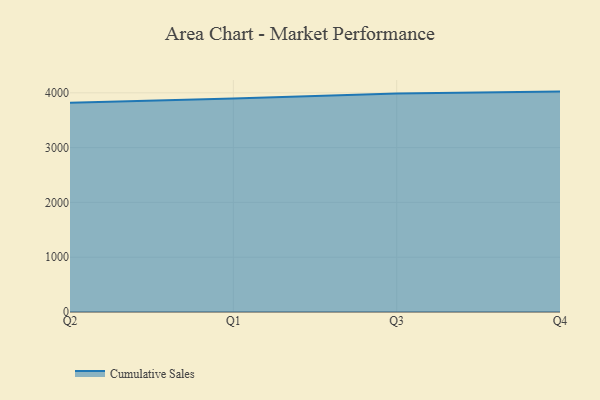
{"axis": {"x": "Quarter", "y": "Inventory Turnover"}, "legend": ["Cumulative Sales"], "data": [{"x": "Q2", "y": 3820.4, "type": "Cumulative Sales"}, {"x": "Q1", "y": 3895.9, "type": "Cumulative Sales"}, {"x": "Q3", "y": 3986.6, "type": "Cumulative Sales"}, {"x": "Q4", "y": 4022.3, "type": "Cumulative Sales"}]}